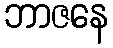
ဘာဇနေ